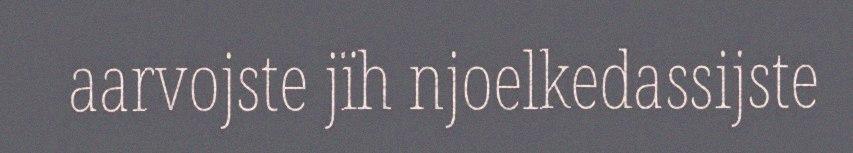
aarvojste jïh njoelkedassijste